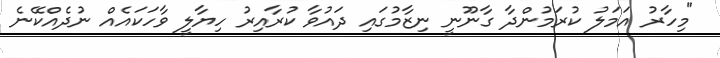
"މިހާރު އަމަލު ކުރަމުންދާ ގާނޫނީ ނިޒާމުގައި ދައުވާ ކުރާއިރު ހިޔާލީ ވާހަކައެއް ނުދެއްކޭނެ